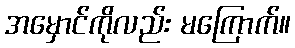
အမှောင်ကိုလည်း မကြောက်။